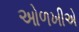
ઓળખીએ